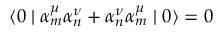
\langle 0 \mid { \alpha } _ { m } ^ { \mu } { \alpha } _ { n } ^ { \nu } + { \alpha } _ { n } ^ { \nu } { \alpha } _ { m } ^ { \mu } \mid 0 \rangle = 0